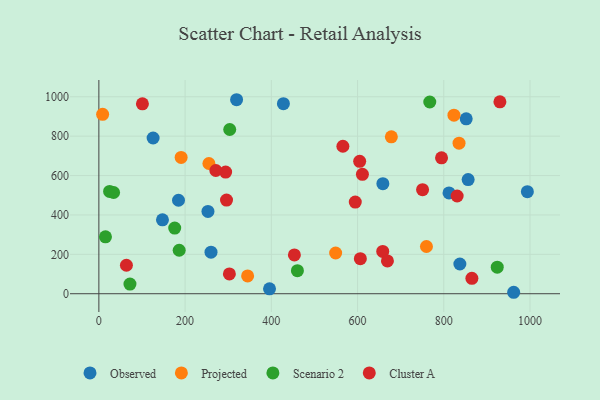
{"axis": {"x": "Investment", "y": "Fuel Efficiency"}, "legend": ["Cluster A", "Observed", "Projected", "Scenario 2"], "data": [{"x": "962.1", "y": 7.4, "type": "Observed"}, {"x": "852.0", "y": 888.1, "type": "Observed"}, {"x": "812.1", "y": 511.6, "type": "Observed"}, {"x": "319.4", "y": 985.0, "type": "Observed"}, {"x": "125.8", "y": 790.8, "type": "Observed"}, {"x": "856.5", "y": 579.8, "type": "Observed"}, {"x": "395.8", "y": 24.8, "type": "Observed"}, {"x": "658.7", "y": 558.7, "type": "Observed"}, {"x": "184.7", "y": 474.7, "type": "Observed"}, {"x": "147.5", "y": 375.3, "type": "Observed"}, {"x": "993.9", "y": 518.0, "type": "Observed"}, {"x": "260.1", "y": 210.8, "type": "Observed"}, {"x": "253.0", "y": 418.0, "type": "Observed"}, {"x": "837.3", "y": 151.0, "type": "Observed"}, {"x": "428.0", "y": 964.9, "type": "Observed"}, {"x": "255.2", "y": 661.3, "type": "Projected"}, {"x": "190.8", "y": 692.2, "type": "Projected"}, {"x": "8.7", "y": 910.9, "type": "Projected"}, {"x": "823.6", "y": 906.4, "type": "Projected"}, {"x": "549.2", "y": 206.7, "type": "Projected"}, {"x": "835.4", "y": 764.3, "type": "Projected"}, {"x": "345.0", "y": 90.5, "type": "Projected"}, {"x": "759.8", "y": 239.8, "type": "Projected"}, {"x": "678.4", "y": 796.4, "type": "Projected"}, {"x": "72.1", "y": 48.9, "type": "Scenario 2"}, {"x": "767.5", "y": 973.4, "type": "Scenario 2"}, {"x": "186.3", "y": 220.8, "type": "Scenario 2"}, {"x": "175.9", "y": 333.4, "type": "Scenario 2"}, {"x": "24.9", "y": 519.6, "type": "Scenario 2"}, {"x": "924.0", "y": 134.7, "type": "Scenario 2"}, {"x": "460.5", "y": 117.0, "type": "Scenario 2"}, {"x": "303.5", "y": 833.8, "type": "Scenario 2"}, {"x": "34.1", "y": 514.0, "type": "Scenario 2"}, {"x": "15.3", "y": 288.7, "type": "Scenario 2"}, {"x": "63.9", "y": 144.7, "type": "Cluster A"}, {"x": "658.4", "y": 215.0, "type": "Cluster A"}, {"x": "794.8", "y": 689.9, "type": "Cluster A"}, {"x": "566.0", "y": 748.7, "type": "Cluster A"}, {"x": "302.7", "y": 100.6, "type": "Cluster A"}, {"x": "594.7", "y": 465.5, "type": "Cluster A"}, {"x": "750.8", "y": 528.4, "type": "Cluster A"}, {"x": "296.1", "y": 475.6, "type": "Cluster A"}, {"x": "453.5", "y": 197.2, "type": "Cluster A"}, {"x": "604.9", "y": 672.2, "type": "Cluster A"}, {"x": "865.2", "y": 78.0, "type": "Cluster A"}, {"x": "606.5", "y": 178.1, "type": "Cluster A"}, {"x": "294.0", "y": 617.7, "type": "Cluster A"}, {"x": "831.0", "y": 496.1, "type": "Cluster A"}, {"x": "101.0", "y": 964.2, "type": "Cluster A"}, {"x": "669.3", "y": 166.4, "type": "Cluster A"}, {"x": "271.3", "y": 625.7, "type": "Cluster A"}, {"x": "930.2", "y": 974.3, "type": "Cluster A"}, {"x": "611.3", "y": 606.0, "type": "Cluster A"}]}